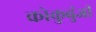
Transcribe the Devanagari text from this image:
कोकुबुंजी